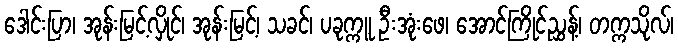
ဒေါင်းပြာ၊ အုန်းမြင့်လှိုင်၊ အုန်းမြင့်၊ သခင်၊ ပခုက္ကူ ဦးအုံးဖေ၊ အောင်ကြိုင်ညွှန့်၊ တက္ကသိုလ်၊